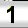
Digit: 1